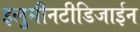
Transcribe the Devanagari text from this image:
इलुमीनटीडिजाईन